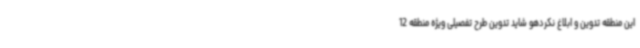
این منطقه تدوین و ابلاغ نکردهو شاید تدوین طرح تفصیلی ویژه منطقه 12